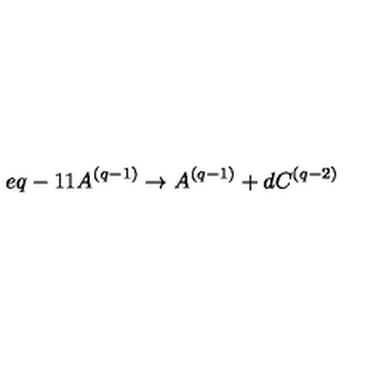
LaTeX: e q - 1 1 A ^ { ( q - 1 ) } \rightarrow A ^ { ( q - 1 ) } + d C ^ { ( q - 2 ) }